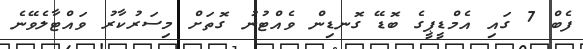
ފެބް 7 ގައި އެމްޑީޕީގެ ބޮޑޭ ގޮނޑިން ވެއްޓުނު ގޮތަށް މިސަރުކާރު ވައްޓާލެވޭނެ